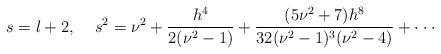
LaTeX: \begin{align*}s=l+2,\;\;\;\;s^2 = \nu^2+\frac{h^4}{2(\nu^2-1)}+\frac{(5\nu^2+7)h^8}{32(\nu^2-1)^3(\nu^2-4)}+\cdot\cdot\cdot\end{align*}